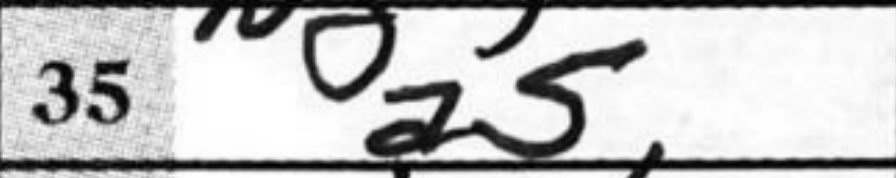
Transcription: a5